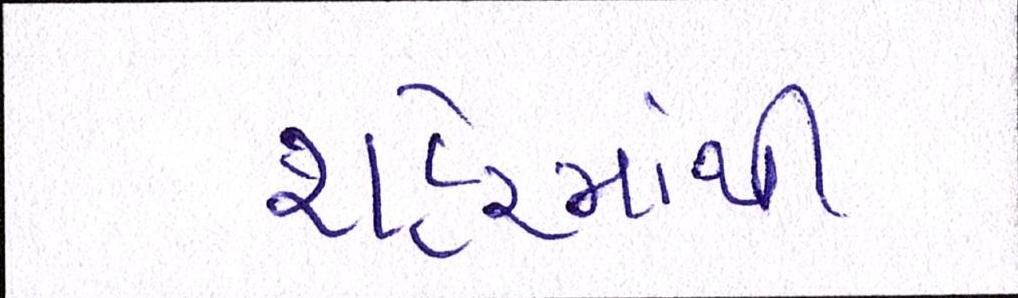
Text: શહેરમાંથી